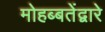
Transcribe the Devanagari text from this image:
मोहब्बतेंद्वारे